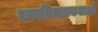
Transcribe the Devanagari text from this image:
एकाधिनायकताओं